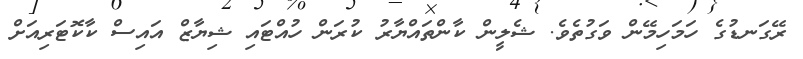
ރޭގަނޑުގެ ހަމަހިމޭން ވަގުތެވެ. ޝެލީން ކާންތައްޔާރު ކުރަން ހުއްޓައި ޝިޔާޒް އައިސް ކާކޮޓަރިއަށް